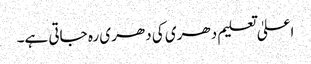
اعلیٰ تعلیم دھری کی دھری رہ جاتی ہے۔